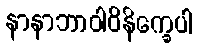
နာနာဘာဝါဝိနိက္ခေပါ